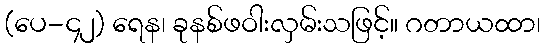
(ပေ-၄၂) ရေန၊ ခုနစ်ဖဝါးလှမ်းသဖြင့်။ ဂတာယထာ၊